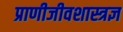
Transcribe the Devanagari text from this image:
प्राणीजीवशास्त्रज्ञ